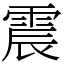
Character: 震